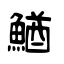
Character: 鰌